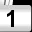
Digit: 1